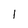
Character: l